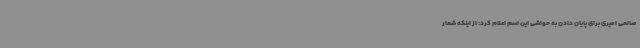
صالحی امیری برای پایان دادن به حواشی این اسم اعلام کرد: از اینکه شعار